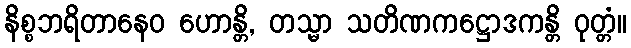
နိစ္စဘရိတာနေဝ ဟောန္တိ, တသ္မာ သတိဏကဋ္ဌောဒကန္တိ ဝုတ္တံ။